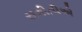
સમીતીએ